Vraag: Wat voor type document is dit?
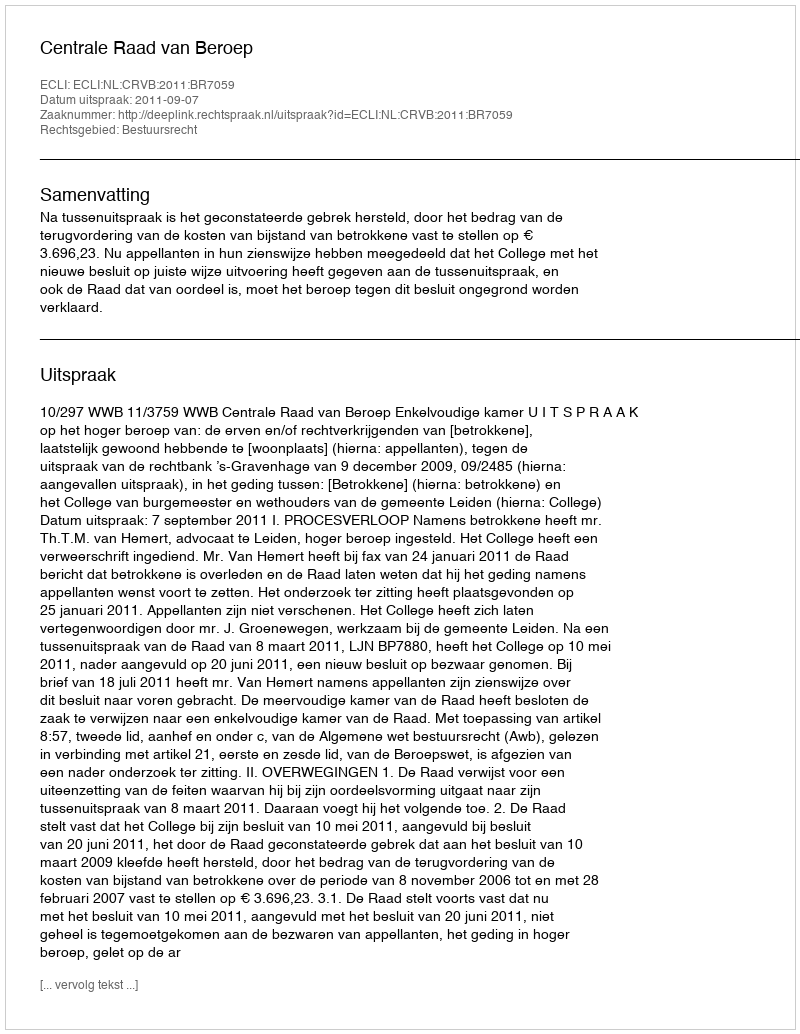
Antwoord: Uitspraak